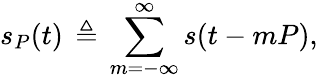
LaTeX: s_{P}(t)\, \triangleq\, \sum_{m=-\infty}^{\infty}s(t-mP),